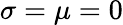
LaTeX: \sigma=\mu=0